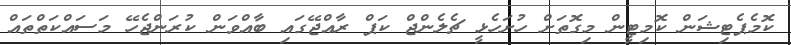
ކޮމެޕެޓިޝަން ކޮމިޓީން މިގޮތަށް ހުށަހެޅީ ޗެލެންޖް ކަޕް ރާއްޖޭގައި ބާއްވަން ކުރަންޖެހޭ މަސައްކަތްތައް